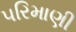
પરિમાણી